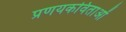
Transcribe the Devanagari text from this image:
प्रणयकविताओं